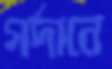
গর্দানে